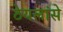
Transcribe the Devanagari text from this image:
ठेयलांसे